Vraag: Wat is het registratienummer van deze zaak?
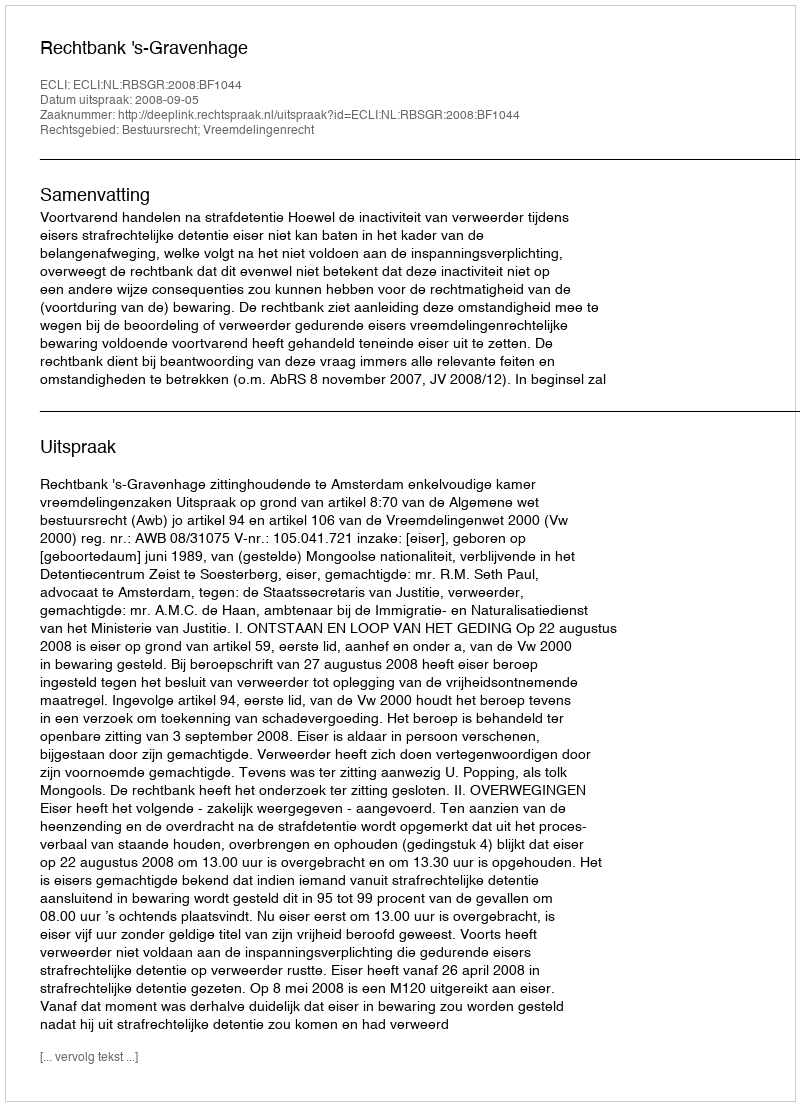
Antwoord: http://deeplink.rechtspraak.nl/uitspraak?id=ECLI:NL:RBSGR:2008:BF1044